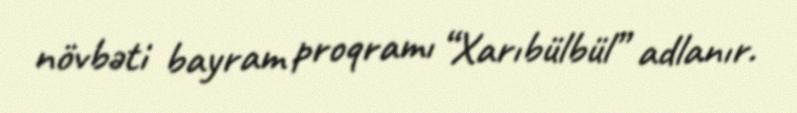
növbəti bayram proqramı “Xarıbülbül” adlanır.